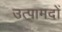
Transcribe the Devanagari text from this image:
उत्पामदों